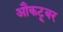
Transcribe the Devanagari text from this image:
औकटूबर